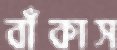
বাঁকাস